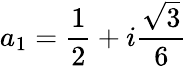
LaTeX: a_{1}=\frac{1}{2}+i\frac{\sqrt{3}}{6}